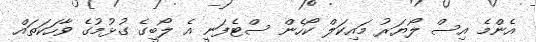
އެންމެ އިސް ލޯޔަރު މައިކަލް ކޯހެން ސްޓެފަނީ އެ ލޯބީގެ ގުޅުމުގެ ވާހަކަތައް